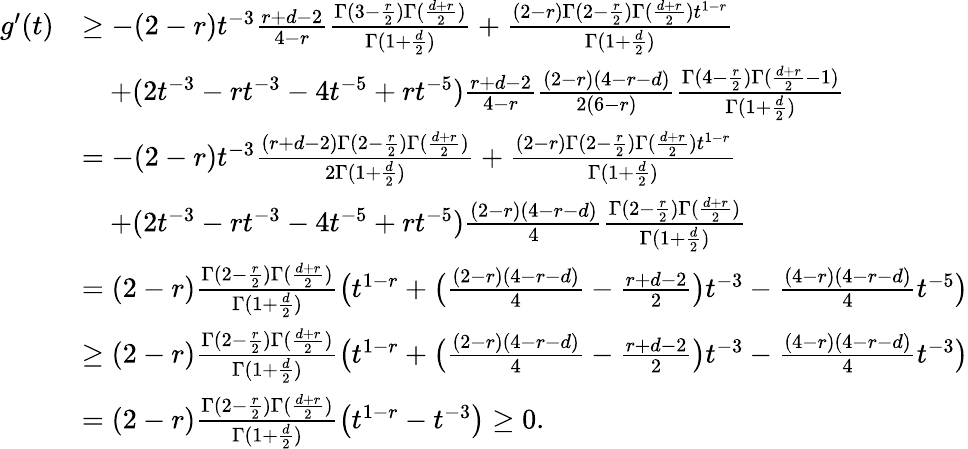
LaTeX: \begin{array}{rl}{g^{\prime}(t)}&{\ge-(2-r)t^{-3}\frac{r+d-2}{4-r}\frac{\Gamma(3-\frac{r}{2})\Gamma(\frac{d+r}{2})}{\Gamma(1+\frac{d}{2})}+\frac{(2-r)\Gamma(2-\frac{r}2)\Gamma(\frac{d+r}{2})t^{1-r}}{\Gamma(1+\frac{d}{2})}}\\ &{\quad+(2t^{-3}-rt^{-3}-4t^{-5}+rt^{-5})\frac{r+d-2}{4-r}\frac{(2-r)(4-r-d)}{2(6-r)}\frac{\Gamma(4-\frac{r}{2})\Gamma(\frac{d+r}{2}-1)}{\Gamma(1+\frac{d}{2})}}\\ &{=-(2-r)t^{-3}\frac{(r+d-2)\Gamma(2-\frac{r}{2})\Gamma(\frac{d+r}{2})}{2\Gamma(1+\frac{d}{2})}+\frac{(2-r)\Gamma(2-\frac{r}2)\Gamma(\frac{d+r}{2})t^{1-r}}{\Gamma(1+\frac{d}{2})}}\\ &{\quad+(2t^{-3}-rt^{-3}-4t^{-5}+rt^{-5})\frac{(2-r)(4-r-d)}{4}\frac{\Gamma(2-\frac{r}{2})\Gamma(\frac{d+r}{2})}{\Gamma(1+\frac{d}{2})}}\\ &{=(2-r)\frac{\Gamma(2-\frac{r}{2})\Gamma(\frac{d+r}{2})}{\Gamma(1+\frac{d}{2})}\bigl(t^{1-r}+\bigl(\frac{(2-r)(4-r-d)}{4}-\frac{r+d-2}{2}\bigr)t^{-3}-\frac{(4-r)(4-r-d)}{4}t^{-5}\bigr)}\\ &{\geq(2-r)\frac{\Gamma(2-\frac{r}{2})\Gamma(\frac{d+r}{2})}{\Gamma(1+\frac{d}{2})}\bigl(t^{1-r}+\bigl(\frac{(2-r)(4-r-d)}{4}-\frac{r+d-2}{2}\bigr)t^{-3}-\frac{(4-r)(4-r-d)}{4}t^{-3}\bigr)}\\ &{=(2-r)\frac{\Gamma(2-\frac{r}{2})\Gamma(\frac{d+r}{2})}{\Gamma(1+\frac{d}{2})}\bigl(t^{1-r}-t^{-3}\bigr)\geq 0.}\end{array}